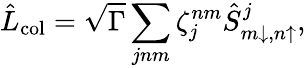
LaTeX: \hat{L}_{\mathrm{col}}=\sqrt{\Gamma}\sum_{jnm}\zeta_{j}^{nm}\hat{S}_{m\downarrow,n\uparrow}^{j},